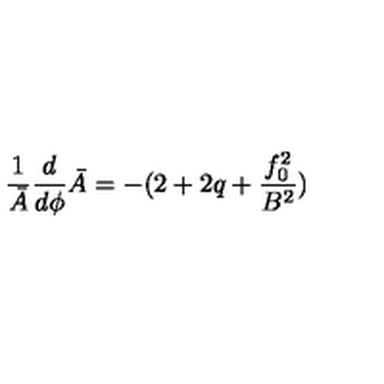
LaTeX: \frac { 1 } { \bar { A } } \frac { d } { d \phi } \bar { A } = - ( 2 + 2 q + \frac { f _ { 0 } ^ { 2 } } { B ^ { 2 } } )